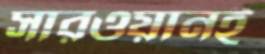
সারওয়ানই